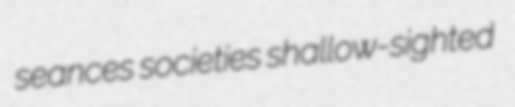
seances societies shallow-sighted